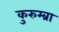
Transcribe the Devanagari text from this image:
कुरुम्ब्रा